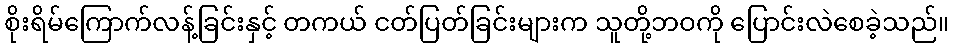
စိုးရိမ်ကြောက်လန့်ခြင်းနှင့် တကယ် ငတ်ပြတ်ခြင်းများက သူတို့ဘဝကို ပြောင်းလဲစေခဲ့သည်။